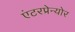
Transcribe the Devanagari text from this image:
एंटरप्रेन्योर